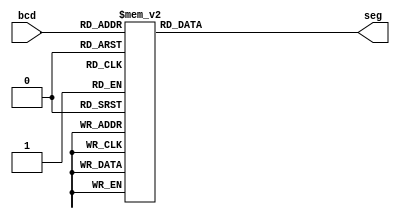
module bcd_to_7seg (
    input [3:0] bcd, 
    output reg [6:0] seg
);
    always @ (*)
        case (bcd)
            4'b0000: seg = 7'b1000000;  // '0'
            4'b0001: seg = 7'b1111001;  // '1'
            4'b0010: seg = 7'b0100100;  // '2'
            4'b0011: seg = 7'b0110000;  // '3'
            4'b0100: seg = 7'b0011001;  // '4'
            4'b0101: seg = 7'b0010010;  // '5'
            4'b0110: seg = 7'b0000010;  // '6'
            4'b0111: seg = 7'b1011000;  // '7'
            4'b1000: seg = 7'b0000000;  // '8'
            4'b1001: seg = 7'b0011000;  // '9'
            default: seg = 7'b1111111;   // Don't Care (Display OFF)
        endcase
endmodule